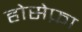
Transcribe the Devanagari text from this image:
होसेफ़ा